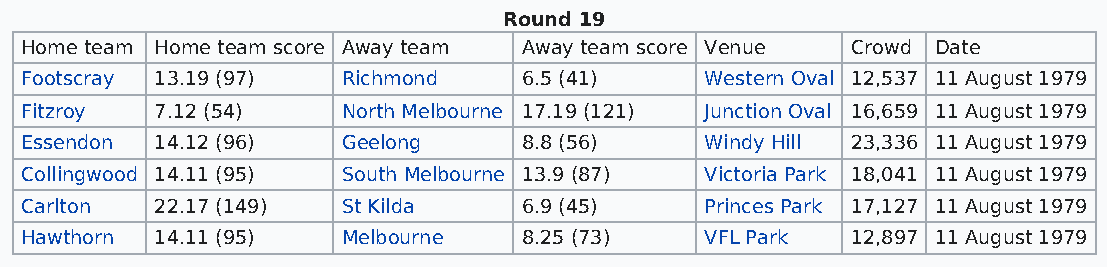
Round 19
 Home team Home team score Away team Away team score Venue Crowd Date
 Footscray 13.19 (97)  Richmond    6.5 (41)    Western Oval 12,537 11 August 1979
 Fitzroy  7.12 (54)    North Melbourne 17.19 (121) Junction Oval 16,659 11 August 1979
 Essendon 14.12 (96)   Geelong     8.8 (56)    Windy Hill 23,336 11 August 1979
 Collingwood 14.11 (95) South Melbourne 13.9 (87) Victoria Park 18,041 11 August 1979
 Carlton  22.17 (149)  St Kilda    6.9 (45)    Princes Park 17,127 11 August 1979
 Hawthorn 14.11 (95)   Melbourne   8.25 (73)   VFL Park 12,897 11 August 1979